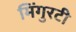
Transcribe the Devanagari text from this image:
मिंगुरटी